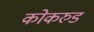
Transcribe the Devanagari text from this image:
कोकरुड